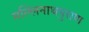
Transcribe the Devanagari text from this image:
मल्लिनाथपुराण